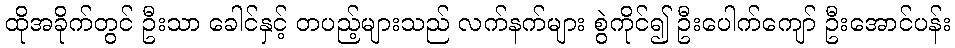
ထိုအခိုက်တွင် ဦးသာ ခေါင်နှင့် တပည့်များသည် လက်နက်များ စွဲကိုင်၍ ဦးပေါက်ကျော် ဦးအောင်ပန်း